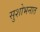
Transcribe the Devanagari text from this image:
सुशोभनात